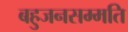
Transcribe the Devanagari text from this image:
बहुजनसम्मति